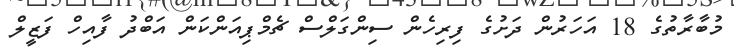
މުބާރާތުގެ 18 އަހަރުން ދަށުގެ ފިރިހެން ސިންގަލްސް ޗެމްޕިއަންކަން އަބްދު ފާއިހް ފަޒީލް